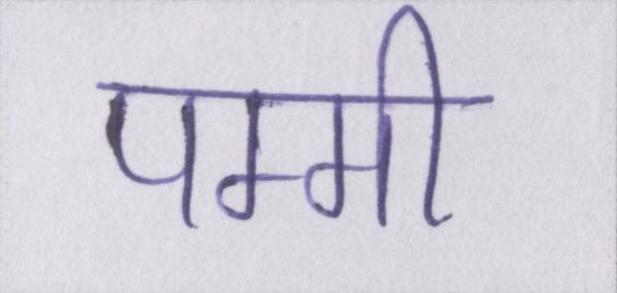
पम्मी